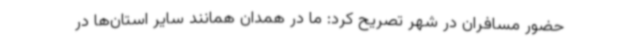
حضور مسافران در شهر تصریح کرد: ما در همدان همانند سایر استان‌ها در